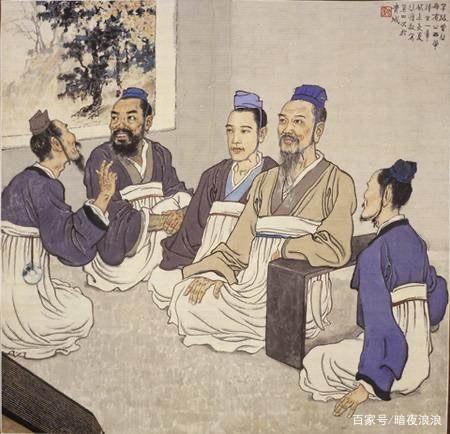
人之患在好为人师。